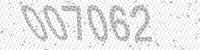
Solution: 007062